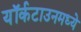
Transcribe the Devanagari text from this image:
यॉर्कटाउनमध्ये